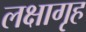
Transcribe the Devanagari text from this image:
लक्षागृह